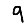
Digit: 9